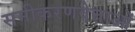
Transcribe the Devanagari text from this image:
समीकरणवेत्ताओं